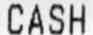
CASH